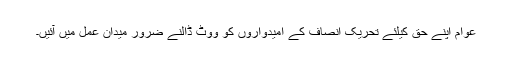
عوام اپنے حق کیلئے تحریک انصاف کے امیدواروں کو ووٹ ڈالنے ضرور میدان عمل میں آئیں۔